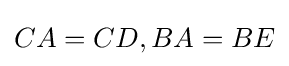
CA=CD,BA=BE